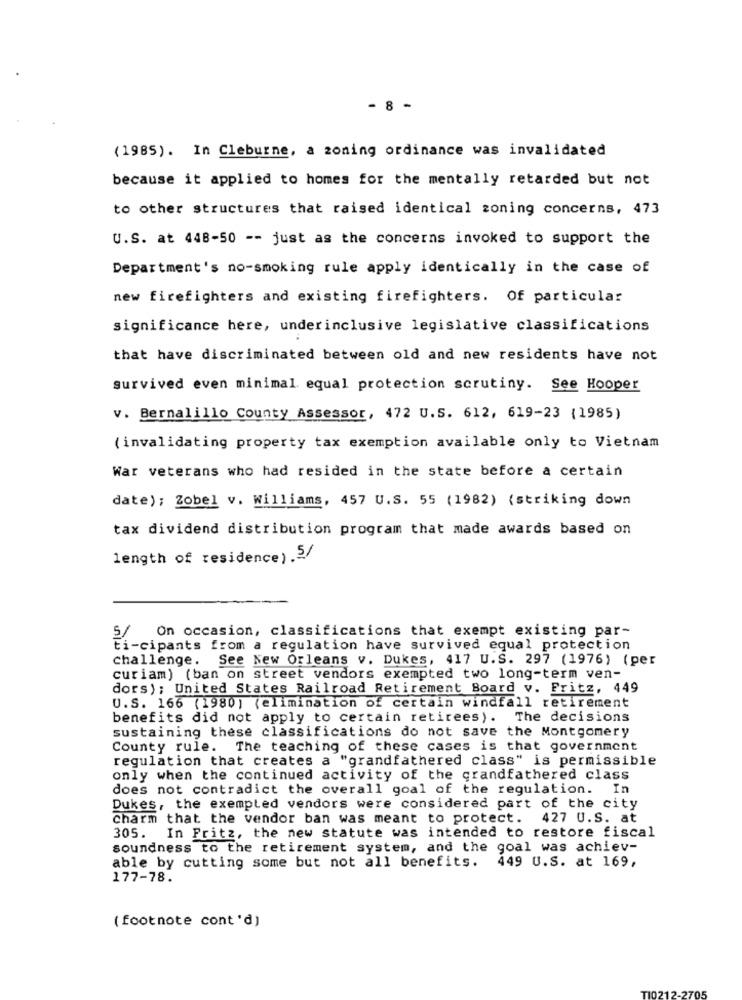
- 8 -
(1985). In Cleburne, a zoning ordinance was invalidated
because it applied to homes for the mentally retarded but not
to other structures that raised identical zoning concerns, 473
U.S. at 448-50 -- just as the concerns invoked to support the
Department's no-smoking rule apply identically in the case of
new firefighters and existing firefighters. Of particular
significance here, underinclusive legislative classifications
that have discriminated between old and new residents have not
survived even minimal. equal protection scrutiny. See Hooper
v. Bernalillo County Assessor, 472 U.S. 612, 619-23 (1985)
(invalidating property tax exemption available only to Vietnam
War veterans who had resided in the state before a certain
date); Zobel v. Williams, 457 U.S. 55 (1982) (striking down
tax dividend distribution program that made awards based on
length of residence) .5/
5/ On occasion, classifications that exempt existing par-
ti-cipants from a regulation have survived equal protection
challenge. See New Orleans v. Dukes, 417 U.S. 297 (1976) (per
curiam) (ban on street vendors exempted two long-term ven-
dors); United States Railroad Retirement Board v. Fritz, 449
U.S. 166 (1980) (elimination of certain windfall retirement
benefits did not apply to certain retirees).
The decisions
sustaining these classifications do not save the Montgomery
County rule. The teaching of these cases is that government
regulation that creates a "grandfathered class" is permissible
only when the continued activity of the grandfathered class
does not contradict the overall goal of the regulation.
In
Dukes, the exempted vendors were considered part of the city
Charm that the vendor ban was meant to protect. 427 U.S. at
305. In Pritz, the new statute was intended to restore fiscal
soundness to the retirement system, and the goal was achiev-
able by cutting some but not all benefits. 449 U.S. at 169,
177-78.
( footnote cont 'd)